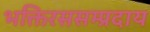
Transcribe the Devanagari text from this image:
भक्तिरससम्प्रदाय